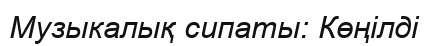
Музыкалық сипаты: Көңілді